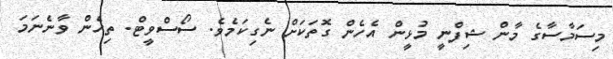
މިސަމާސާގެ މާން ޝިފްނީ މުޅީން އެހެން ގޮތަކަށް ނެގިކަމެވެ. ސޯސްވީޓް. ތިހެން ވާނެނަމަ